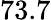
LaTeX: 73.7